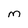
Character: m